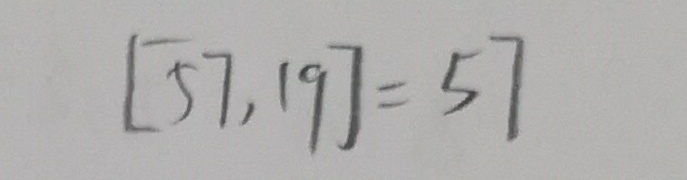
[ 5 7 , 1 9 ] = 5 7